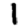
Digit: 1